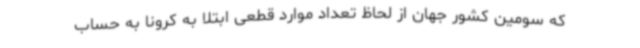
که سومین کشور جهان از لحاظ تعداد موارد قطعی ابتلا به کرونا به حساب